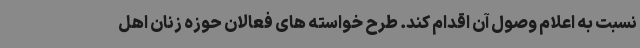
نسبت به اعلام وصول آن اقدام کند. طرح خواسته های فعالان حوزه زنان اهل